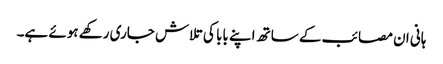
ہانی ان مصائب کے ساتھ اپنے بابا کی تلاش جاری رکھے ہوئے ہے۔